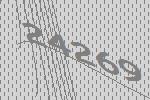
24269